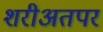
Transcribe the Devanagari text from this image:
शरीअतपर